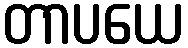
တာပယေ